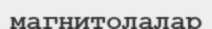
магнитолалар